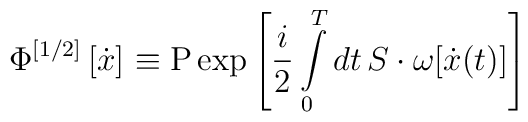
\Phi ^{\left[ {1/2} \right]} \left[ {\dot x} \right]_{}  \equiv {\rm P}\exp \left[ {\frac{i}{2}\int\limits_0^T {dt\,S \cdot \omega [\dot{x}(t)]} } \right]